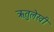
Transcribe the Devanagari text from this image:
ऋतुलेखी